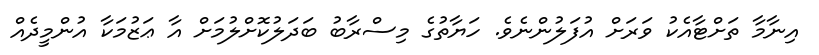
އިނާމާ ތަށްޓާއެކު ވަރަށް އުފަލުންނެވެ. ހަޔާތުގެ މިސްރާބު ބަދަލުކޮށްލުމަށް އާ ޢަޒުމަކާ އުންމީދެއް